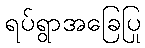
ရပ်ရွာအခြေပြု